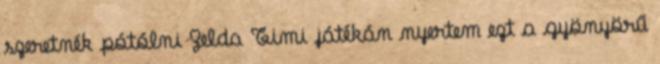
szeretnék pótólni Zelda Timi játékán nyertem ezt a gyönyörű